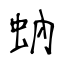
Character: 蚋